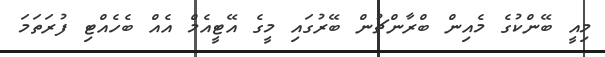
މިއީ ބޭންކުގެ މެއިން ބްރާންޗުން ބޭރުގައި މީގެ އޭޓީއެމް އެއް ބެހެއްޓި ފުރަތަމަ